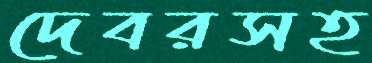
দেবরসহ